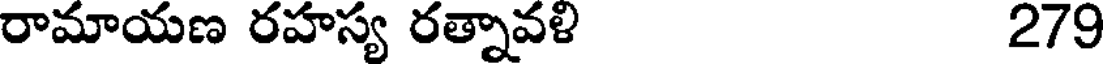
రామాయణ రహస్య రత్నావళి 279